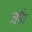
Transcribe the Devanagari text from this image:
जहै।